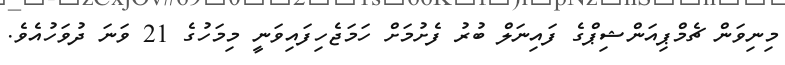
މިނިވަން ޗެމްޕިއަންޝިޕްގެ ފައިނަލް ބުރު ފެށުމަށް ހަމަޖެހިފައިވަނީ މިމަހުގެ 21 ވަނަ ދުވަހުއެވެ.